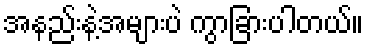
အနည်းနဲ့အများပဲ ကွာခြားပါတယ်။